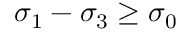
\sigma _ { 1 } - \sigma _ { 3 } \geq \sigma _ { 0 }